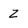
Character: Z